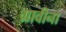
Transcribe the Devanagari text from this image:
ग्रावीना